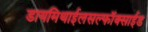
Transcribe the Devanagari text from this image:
डायमिथाईलसल्फॉक्साईड